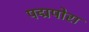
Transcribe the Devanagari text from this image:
पद्मपोरा